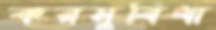
করসুবিধা